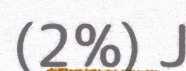
(2%) J